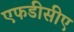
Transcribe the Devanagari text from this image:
एफडीसीए